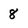
Character: 8